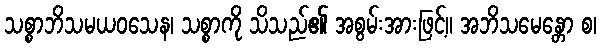
သစ္စာဘိသမယဝသေန၊ သစ္စာကို သိသည်၏ အစွမ်းအားဖြင့်။ အဘိသမေန္တော စ၊